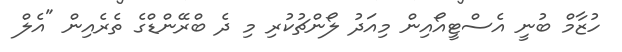
ހުޒާމް ބުނީ އެސްޓީއޯއިން މިއަދު ލޯންޗުކުރި މި ދެ ބްރޭންޑްގެ ތެރެއިން "އެލް